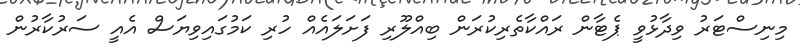
މިނިސްޓަރު ވިދާޅުވީ ޕެޓާން ރައްކާތެރިކުރަން ބިއްލޫރި ފަށަލައެއް ހުރި ކަމުގައިވިޔަސް އެއީ ސަރުކާރުން